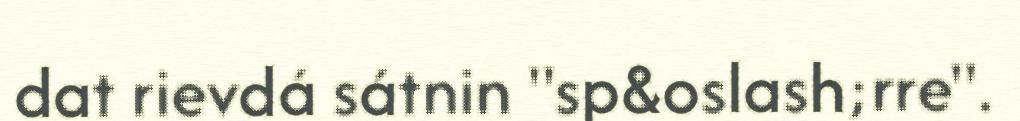
dat rievdá sátnin "sp&oslash;rre".